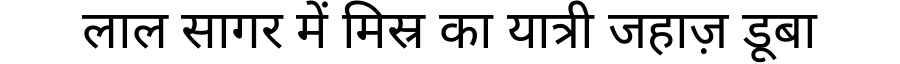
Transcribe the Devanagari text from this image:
लाल सागर में मिस्र का यात्री जहाज़ डूबा